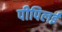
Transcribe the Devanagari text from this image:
पीपिलई